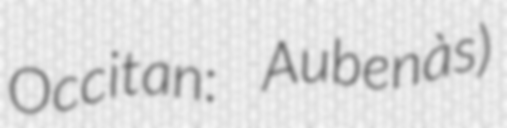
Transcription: Occitan: Aubenàs)